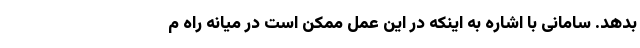
بدهد. سامانی با اشاره به اینکه در این عمل ممکن است در میانه راه م